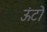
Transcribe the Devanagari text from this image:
ऊंटो